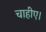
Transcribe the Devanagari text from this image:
चाहीए।